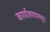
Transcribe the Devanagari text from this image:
कार्यालयामधून